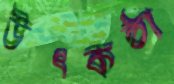
উৎকন্ঠা